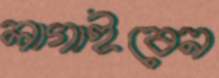
লাগাইবেন